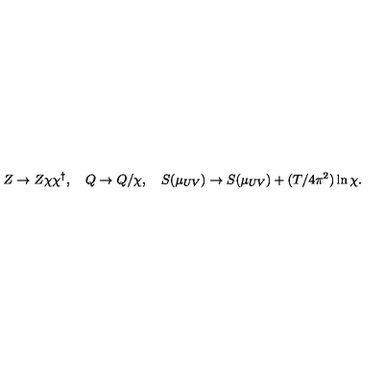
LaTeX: Z \to Z \chi \chi ^ { \dagger } , \quad Q \to Q / \chi , \quad S ( \mu _ { U V } ) \to S ( \mu _ { U V } ) + ( T / 4 \pi ^ { 2 } ) \ln \chi .